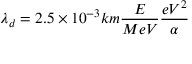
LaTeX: \lambda _ { d } = 2 . 5 \times 1 0 ^ { - 3 } k m \frac { E } { M e V } \frac { e V ^ { 2 } } { \alpha }